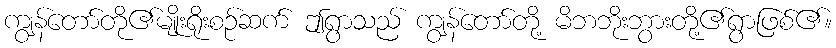
ကျွန်တော်တို၏မျိုးရိုးစဉ်ဆက် ဤရွာသည် ကျွန်တော်တို့ မိဘဘိုးဘွားတို့၏ရွာဖြစ်၏။